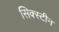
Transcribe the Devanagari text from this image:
सिक्स्टीन